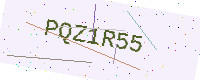
Text: PQZ1R55